Janeda_(Ambla)_vallavalitsus, lk 9
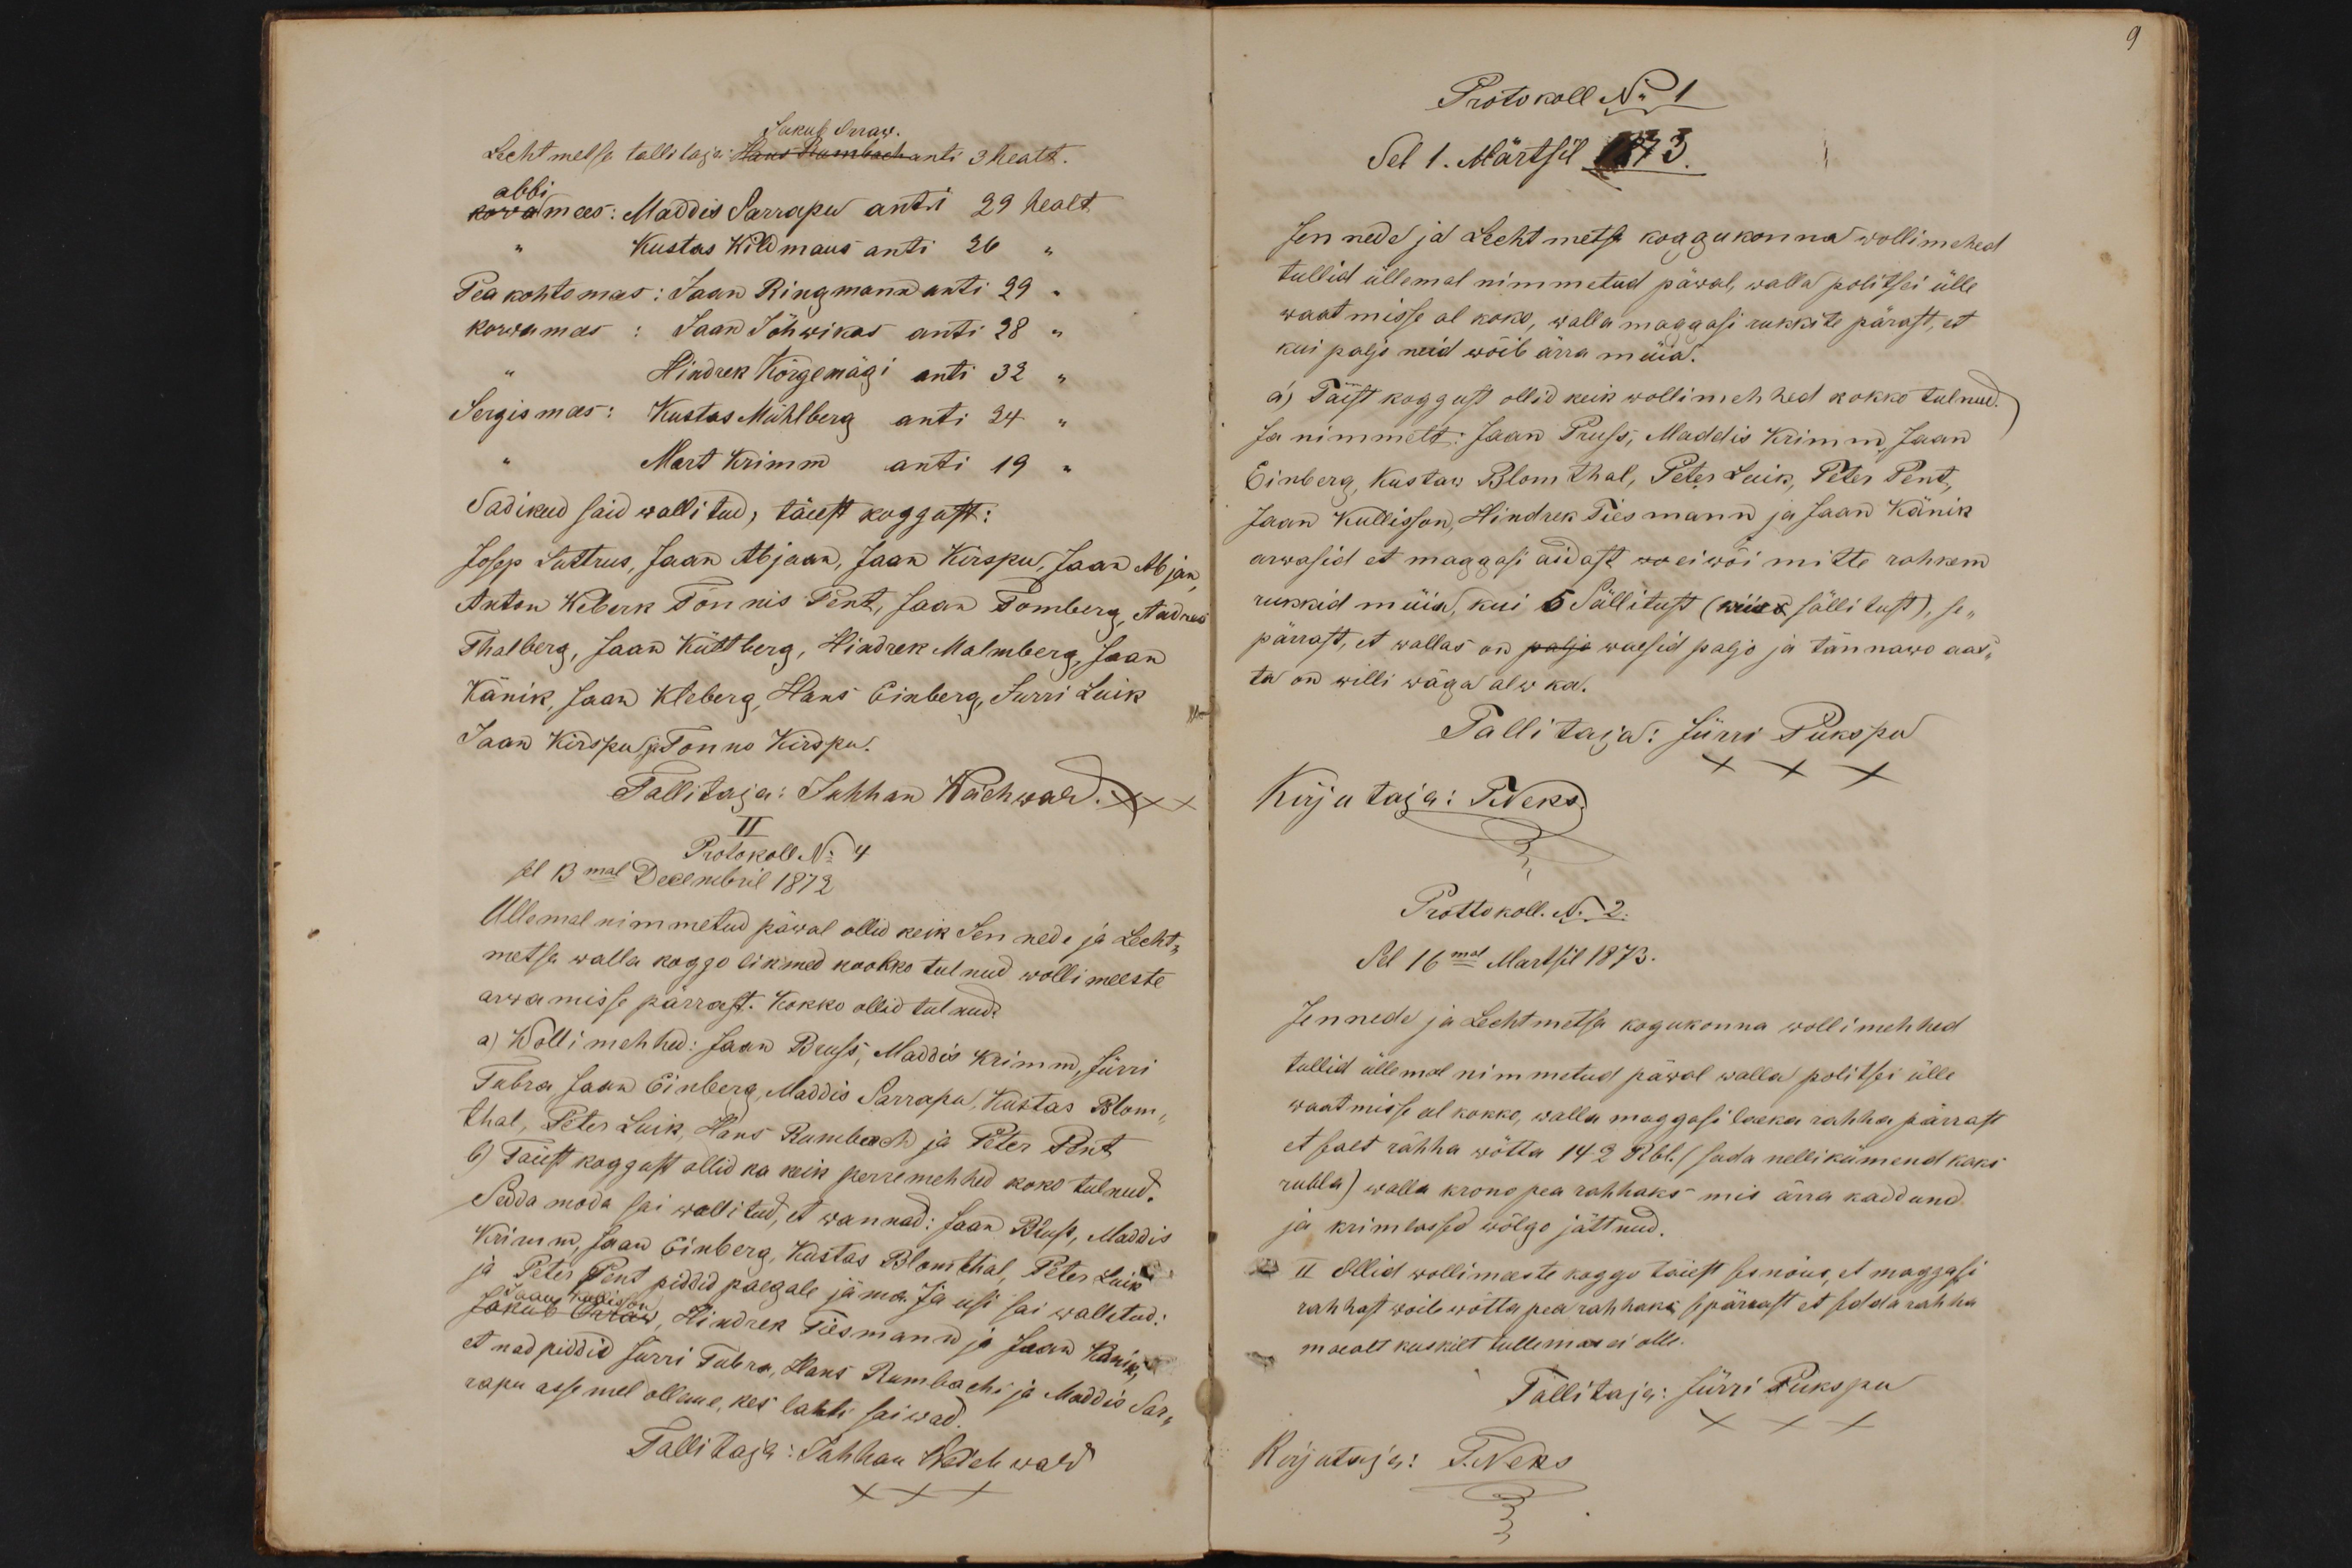
Jakub Orraw
Lechtmetsa tallitaja: Hans Rumbach anti 3 healt.
abbi
korwamees: Maddis Sarrapu anti 29 healt
Kustas Wildmans anti 26
Pea kohtomees: Jaan Ringmann anti 29
korwamees: Jaan Jõhwikas anti 28
Hindrek Kõrgemägi anti 32
Jergismees: Kustas Mühlberg anti 24
Mart Krimm anti 19
Sadikud said wallitud; täest koggust:
Josep Luttrus, Jaan Abjaan, Jaak Kirspu, Jaan Abjan
Anton Weberk Tõnnis Pent, Jaan Tomberg, Andres
Thalberg, Jaan Küttberg, Hindrek Malmberg, Jaan
Känik, Jaan Kleberg, Hans Einberg, Jurri Luik
Jaan Kirspu, ja Tonno Kirspu.
Tallitaja: Juhhan Weichwald. xxx
II
Protokoll No 4
sel 13mal Decembril 1872
Ullemal nimmetud päwal ollid keik Jennede ja Lecht-
metsa walla koggo likmed kookko tulnud wollimeeste
arwamisse pärrast. Kokko ollid tulnud:
a) Wollimehhed: Jaan Bruss, Maddis Krimm, Jürri
Tubra, Jaan Einberg, Maddis Sarrapu, Kustas Blom-
thal, Peter Luik, Hans Rumbach ja Peter Pent
b) Täiest koggust ollid ka keik perremehhed koko tulnud.
Sedda moda sai wallitud, et wannad: Jaan Bruss, Maddis
Krimm, Jaan Einberg, Kustas Blomthal, Peter Luik
ja Peter Pent piddid paegale jäma. Ja usi sai wallitud:
Jaan Kullisson
Jakub Orraw, Hindrek Tiesmann ja Jaan Känik,
et nad piddid Jürri Tubra, Hans Rumbachi ja Maddis Sar-
rapu assemel olleme, kes lahti saiwad.
Tallitaja: Juhhan Weichwald

xxx

Protokoll No 1
Sel 1. Märtsil 1873.
Jennede ja Lechtmetsa koggukonna wollimehed
tullid üllemal nimmetud päwal, walla politsei ülle
waatmisse al koko, walla maggasi rukkite pärast, et
kui paljo neid wõib ärra müia.
a) Täist koggust ollid keik wollimehhed kokko tulnud.
Ja nimmelt: Jaan Pruss, Maddis Krimm, Jaan
Einberg, Kustaw Blomthal, Peter Luik, Peter Pent,
Jaan Kullisson, Hindrek Tiesmann ja Jaan Känik
arwasid et maggasi aidast wo ei wõi mitte rohkem
rukkid müia, kui 5 Sällitust (wiiss sällitust), se-
pärrast, et wallas on paljo waesid paljo ja tännawo aas-
ta on willi wäga alw ka.
Tallitaja: Jürri Pukspu
xxx
Kirjutaja: TNeks.
Prottokoll N. 2.
Sel 16mal Martsil 1873.
Jennede ja Lechtmetsa kogukonna wollimehhed
tullid üllemal nimmetud päwal walla politsei ülle
waatmisse eel kokko, walla maggasi laeka rahha pärrast
et sealt rähha wõtta 142 Rbl. (sada nellikümend kaks
rubla) walla krono pea rahhaks mis ärra kaddund
ja krimlassed wõlgo jättnud.
II ollid wollimeeste koggo täiest ses nõus, et maggasi
rahhast woib wõtta pea rahhaks, se pärrast et sedda rahha
moealt kuskilt tullemas ei olle.
Tallitaja: Jürri Pukspu
Kirjutaja: T. Neks